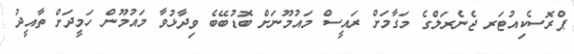
ޕްރޮސެކިއުޓަރ ޖެނެރަލްގެ މަގާމަށް ރައީސް މައުމޫނަށް ބޮޑުބޭބެ ވިދާޅުވާ މައުމޫން ހަމީދަށް ތާއީދު